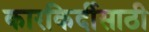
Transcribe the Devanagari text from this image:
कारकिर्दीसाठी